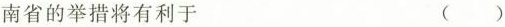
南省的举措将有利于 ( )